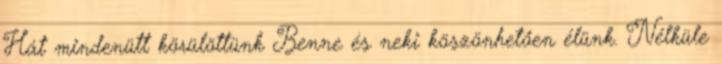
Hát mindenütt körülöttünk Benne és neki köszönhetően élünk. Nélküle